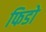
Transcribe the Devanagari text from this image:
फिडो